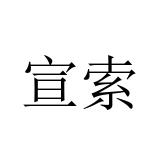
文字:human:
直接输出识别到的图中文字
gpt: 宣索